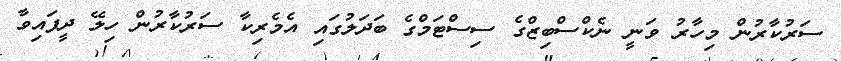
ސަރުކާރުން މިހާރު ވަނީ ނެކްސްބިޒްގެ ސިސްޓަމްގެ ބަދަލުގައި އެމެރިކާ ސަރުކާރުން ހިލޭ ދީފައިވާ